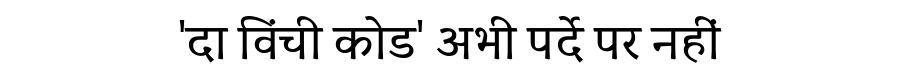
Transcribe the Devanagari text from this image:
'दा विंची कोड' अभी पर्दे पर नहीं